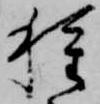
種